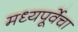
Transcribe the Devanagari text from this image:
मध्यपूर्वेचा